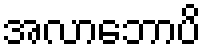
အလာဘောပိ